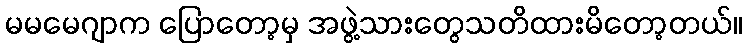
မမမေဂျာက ပြောတော့မှ အဖွဲ့သားတွေသတိထားမိတော့တယ်။